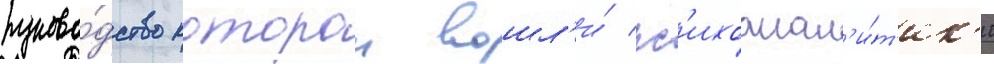
руково́дство которои вошл'и́ пс'ихоанал'и́т'ик'и